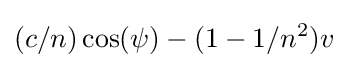
(c/n)\cos(\psi )-(1-1/n^{2})v